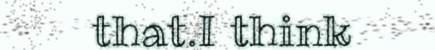
that.I think